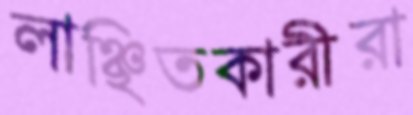
লাঞ্ছিতকারীরা